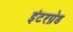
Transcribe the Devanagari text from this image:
इंटरग्रेड